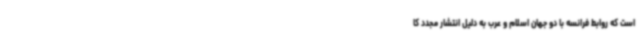
است که روابط فرانسه با دو جهان اسلام و عرب به دلیل انتشار مجدد کا